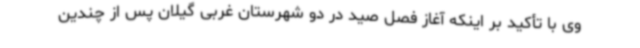
وی با تأکید بر اینکه آغاز فصل صید در دو شهرستان غربی گیلان پس از چندین